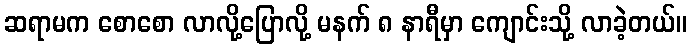
ဆရာမက စောစော လာလို့ပြောလို့ မနက် ၈ နာရီမှာ ကျောင်းသို့ လာခဲ့တယ်။